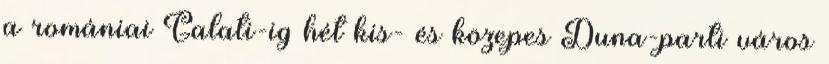
a romániai Galati-ig hét kis- és közepes Duna-parti város